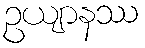
ဥယျာနဿ